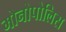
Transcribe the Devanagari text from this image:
मोनोपोलिस